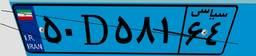
۵۰D۵۸۱۶۴